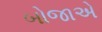
બોજાએ